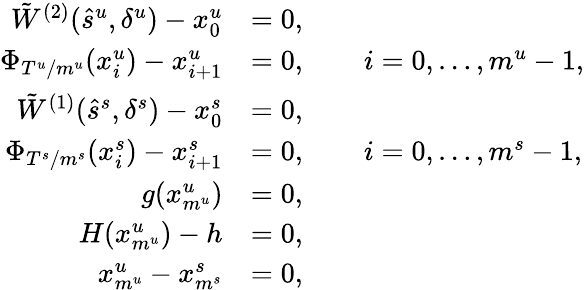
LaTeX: \begin{array}{rl}{{\tilde{W}}^{(2)}(\hat{s}^{u},\delta^{u})-x_{0}^{u}}&{=0,}\\ {\Phi_{T^{u}/m^{u}}(x_{i}^{u})-x_{i+1}^{u}}&{=0,\qquad i=0,\dots,m^{u}-1,}\\ {{\tilde{W}}^{(1)}(\hat{s}^{s},\delta^{s})-x_{0}^{s}}&{=0,}\\ {\Phi_{T^{s}/m^{s}}(x_{i}^{s})-x_{i+1}^{s}}&{=0,\qquad i=0,\dots,m^{s}-1,}\\ {g(x_{m^{u}}^{u})}&{=0,}\\ {H(x_{m^{u}}^{u})-h}&{=0,}\\ {x_{m^{u}}^{u}-x_{m^{s}}^{s}}&{=0,}\end{array}